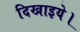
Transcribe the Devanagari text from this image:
दिखाइये।